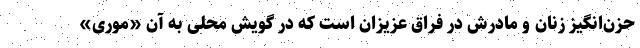
حزن‌انگیز زنان و مادرش در فراق عزیزان است که در گویش محلی به آن «موری»